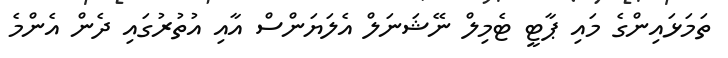
ތަމަޅައިންގެ މައި ޕާޓީ ޓެމިލް ނޭޝަނަލް އެލަޔަންސް އާއި އުތުރުގައި ދެން އެންމެ